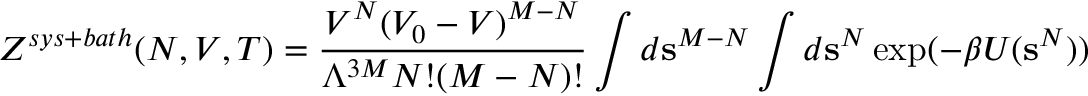
Z ^ { s y s + b a t h } ( N , V , T ) = { \frac { V ^ { N } ( V _ { 0 } - V ) ^ { M - N } } { \Lambda ^ { 3 M } N ! ( M - N ) ! } } \int d \mathbf { s } ^ { M - N } \int d \mathbf { s } ^ { N } \exp ( - \beta U ( \mathbf { s } ^ { N } ) )